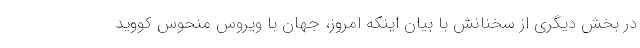
در بخش دیگری از سخنانش با بیان اینکه امروز، جهان با ویروس منحوس کووید